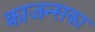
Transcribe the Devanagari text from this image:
क्राजन्सका